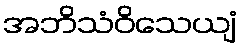
အဘိသံဝိသေယျံ